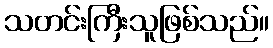
သတင်းကြီးသူဖြစ်သည်။